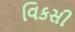
વિકસી